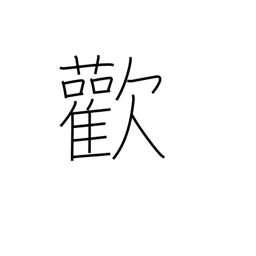
Meaning: joy